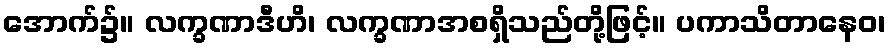
အောက်၌။ လက္ခဏာဒီဟိ၊ လက္ခဏာအစရှိသည်တို့ဖြင့်။ ပကာသိတာနေဝ၊